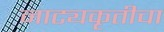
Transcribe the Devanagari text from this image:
नाट्यकृतीचा